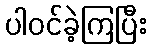
ပါဝင်ခဲ့ကြပြီး